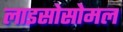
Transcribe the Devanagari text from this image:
लाइसोसोमल